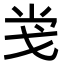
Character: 𢦢